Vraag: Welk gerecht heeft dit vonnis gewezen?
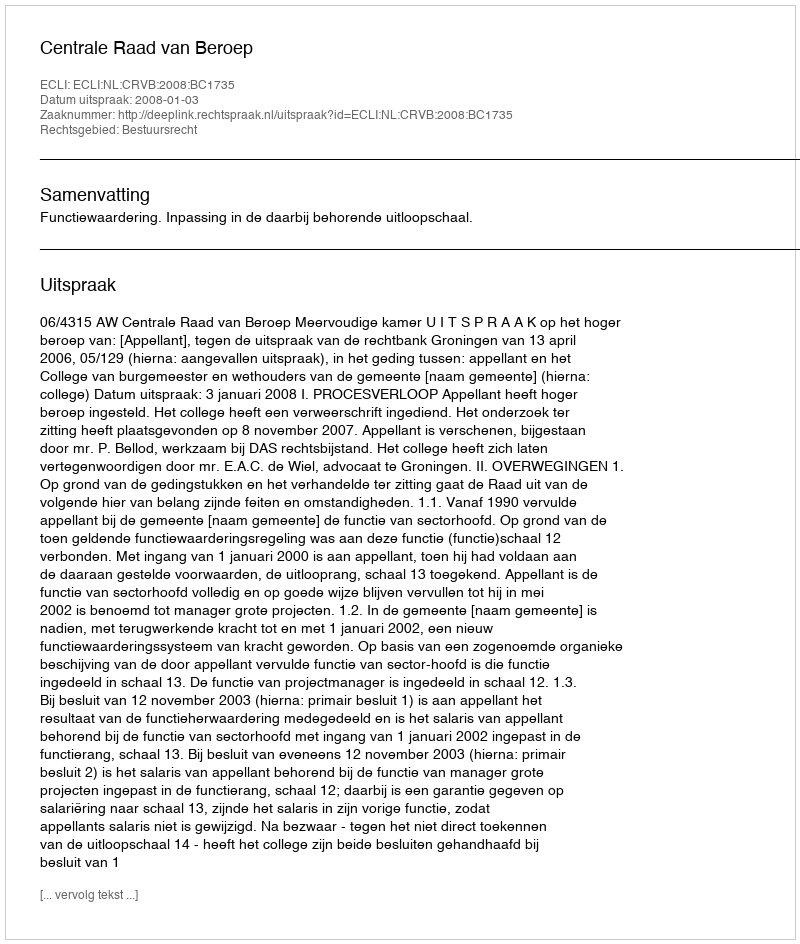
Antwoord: Centrale Raad van Beroep